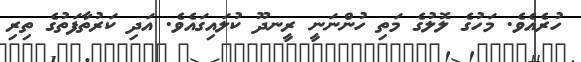
ހުރެއެވެ. މަހުގެ ލޮލުގެ މަތި ހުންނަނީ ރީނދޫ ކުލައިގައެވެ. އަދި ކަރުތާފަތުގެ ތިރި